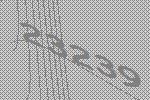
23239